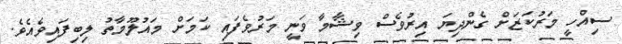
ސިއްހީ މަރުކަޒަށް ގެންދިޔަ އިރުވެސް ވިޝާމާ ވަނީ މަރުވެފައި ކަމަށް މައުލޫމާތު ލިބިފައިވެއެވެ.